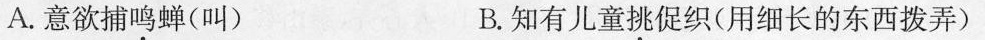
A.意欲捕鸣蝉(叫) B.知有儿童挑促织(用细长的东西拨弄)